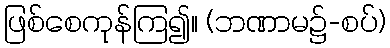
ဖြစ်စေကုန်ကြ၍။ (ဘဏာမ၌-စပ်)